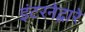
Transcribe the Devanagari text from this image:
इंटरनेद्वारे